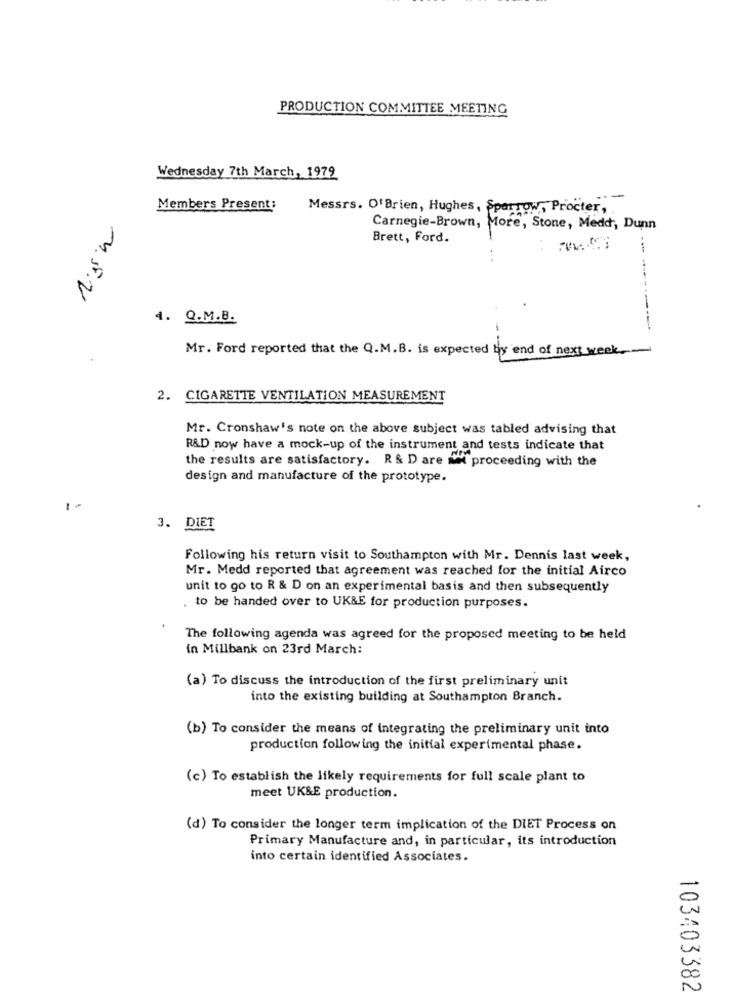
PRODUCTION COMMITTEE MEETING
Wednesday 7th March, 1979
.-
Members Present:
Messrs. Of Brien, Hughes, Sparrow, Procter,
Carnegie-Brown, More, Stone, Medd, Dunn
Brett, Ford.
M.S.V
4. Q.M.B.
----------
Mr. Ford reported that the Q.M.B. is expected by end of next week .-
2. CIGARETTE VENTILATION MEASUREMENT
Mr. Cronshaw's note on the above subject was tabled advising that
R&D now have a mock-up of the instrument and tests indicate that
the results are satisfactory. R & D are Mi proceeding with the
design and manufacture of the prototype.
3. DIET
Following his return visit to Southampton with Mr. Dennis last week,
Mr. Medd reported that agreement was reached for the initial Airco
unit to go to R & D on an experimental basis and then subsequently
. to be handed over to UK&E for production purposes.
The following agenda was agreed for the proposed meeting to be held
in Millbank on 23rd March:
(a) To discuss the introduction of the first preliminary unit
into the existing building at Southampton Branch.
(b) To consider the means of integrating the preliminary unit into
production following the initial experimental phase.
(c) To establish the likely requirements for full scale plant to
meet UK&E production.
(d) To consider the longer term implication of the DIET Process on
Primary Manufacture and, in particular, its introduction
into certain identified Associates.
103403382